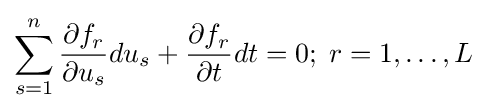
\sum _{s=1}^{n}{\frac {\partial f_{r}}{\partial u_{s}}}du_{s}+{\frac {\partial f_{r}}{\partial t}}dt=0;\;r=1,\ldots ,L